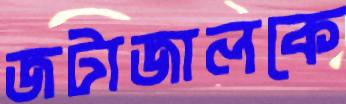
জটাজালকে